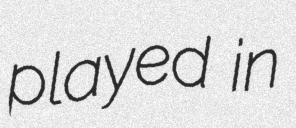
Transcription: played in